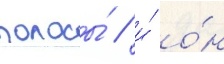
полосы́ / и́ о́н